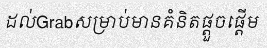
ដល់Grabសម្រាប់មានគំនិតផ្តួចផ្តើម